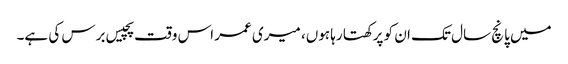
میں پانچ سال تک ان کو پرکھتا رہا ہوں، میری عمر اس وقت پچیس برس کی ہے۔